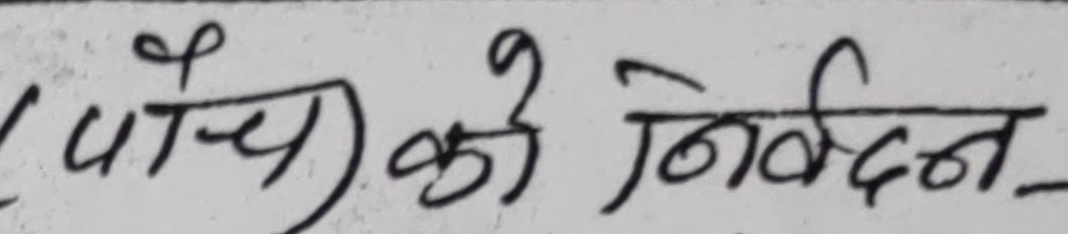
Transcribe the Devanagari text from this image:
(पौचे) को निवेदन_